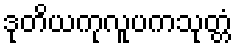
ဒုတိယကုလူပကသုတ္တံ